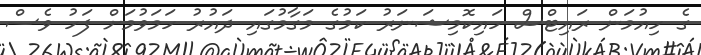
ގެ ހިއުމަން ރައިޓްސް ހައިކޮމިޝަނަރު ކަމުގެ މަގާމުގައި ދައުރު ހަމަވުމަށް ފަހު ވެސް